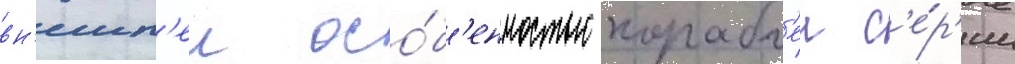
вн'ешн'еи осо́б'енностью корабл'еи с'е́р'ии